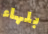
بلهاء